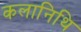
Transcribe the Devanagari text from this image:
कलानिथि